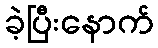
ခဲ့ပြီးနောက်